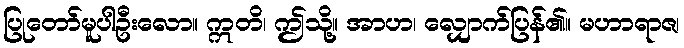
ပြုတော်မူပါဦးလော။ ဣတိ၊ ဤသို့။ အာဟ၊ လျှောက်ပြန်၏။ မဟာရာဇ၊